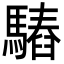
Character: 𩥫